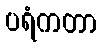
ပရံကတာ